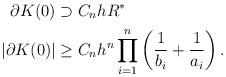
LaTeX: \begin{align*} \partial K(0) &\supset C_n h R^*\\ |\partial K(0)| &\geq C_n h^n \prod_{i=1}^n\left(\frac{1}{b_i}+\frac{1}{a_i}\right). \end{align*}